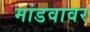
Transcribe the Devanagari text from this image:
मांडवावर